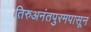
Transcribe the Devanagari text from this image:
तिरुअनंतपुरमपासून